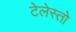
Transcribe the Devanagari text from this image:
टेलेस्तो